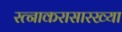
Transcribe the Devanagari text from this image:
रत्नाकरासारख्या